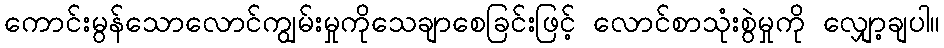
ကောင်းမွန်သောလောင်ကျွမ်းမှုကိုသေချာစေခြင်းဖြင့် လောင်စာသုံးစွဲမှုကို လျှော့ချပါ။